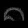
Digit: ၈